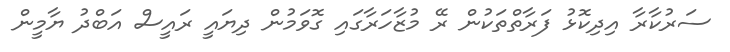
ސަރުކާރާ އިދިކޮޅު ފަރާތްތަކުން ރޭ މުޒާހަރާގައި ގޮވަމުން ދިޔައީ ރައީސް އަބްދު ޔާމީން